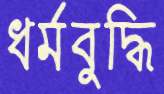
ধর্মবুদ্ধি